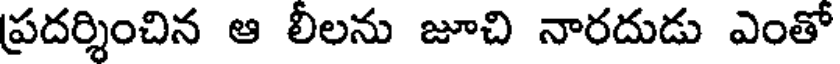
ప్రదర్శించిన ఆ లీలను జూచి నారదుడు ఎంతో